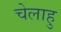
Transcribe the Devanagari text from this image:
चेलाहु